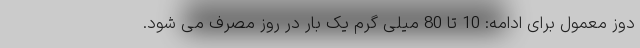
دوز معمول برای ادامه: 10 تا 80 میلی گرم یک بار در روز مصرف می شود.